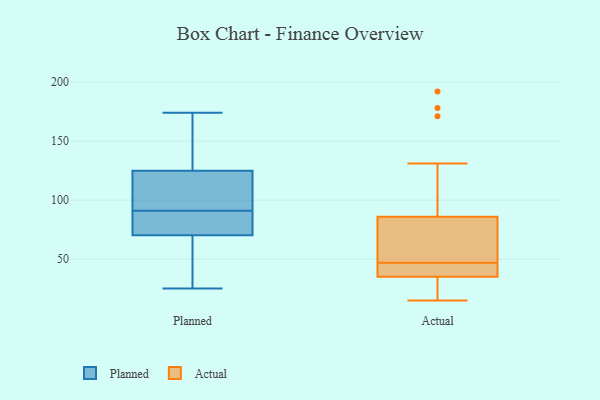
{"axis": {"x": "Churn Rate (%)", "y": "Value"}, "legend": ["Actual", "Planned"], "data": [{"x": "", "y": 67, "type": "Planned"}, {"x": "", "y": 91, "type": "Planned"}, {"x": "", "y": 119, "type": "Planned"}, {"x": "", "y": 139, "type": "Planned"}, {"x": "", "y": 58, "type": "Planned"}, {"x": "", "y": 90, "type": "Planned"}, {"x": "", "y": 119, "type": "Planned"}, {"x": "", "y": 80, "type": "Planned"}, {"x": "", "y": 25, "type": "Planned"}, {"x": "", "y": 174, "type": "Planned"}, {"x": "", "y": 127, "type": "Planned"}, {"x": "", "y": 171, "type": "Actual"}, {"x": "", "y": 71, "type": "Actual"}, {"x": "", "y": 39, "type": "Actual"}, {"x": "", "y": 178, "type": "Actual"}, {"x": "", "y": 192, "type": "Actual"}, {"x": "", "y": 47, "type": "Actual"}, {"x": "", "y": 53, "type": "Actual"}, {"x": "", "y": 131, "type": "Actual"}, {"x": "", "y": 38, "type": "Actual"}, {"x": "", "y": 60, "type": "Actual"}, {"x": "", "y": 25, "type": "Actual"}, {"x": "", "y": 32, "type": "Actual"}, {"x": "", "y": 25, "type": "Actual"}, {"x": "", "y": 62, "type": "Actual"}, {"x": "", "y": 42, "type": "Actual"}, {"x": "", "y": 15, "type": "Actual"}, {"x": "", "y": 36, "type": "Actual"}]}